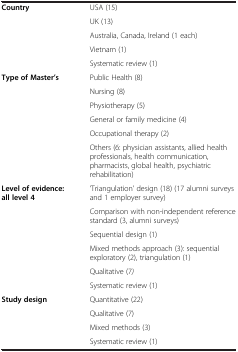
<table><thead><tr><td colspan="2"><b> </b></td></tr></thead><tbody><tr><td><b>Country</b></td><td>USA (15)</td></tr><tr><td> </td><td>UK (13)</td></tr><tr><td> </td><td>Australia, Canada, Ireland (1 each)</td></tr><tr><td> </td><td>Vietnam (1)</td></tr><tr><td> </td><td>Systematic review (1)</td></tr><tr><td><b>Type of Master’s</b></td><td>Public Health (8)</td></tr><tr><td> </td><td>Nursing (8)</td></tr><tr><td> </td><td>Physiotherapy (5)</td></tr><tr><td> </td><td>General or family medicine (4)</td></tr><tr><td> </td><td>Occupational therapy (2)</td></tr><tr><td> </td><td>Others (6: physician assistants, allied health professionals, health communication, pharmacists, global health, psychiatric rehabilitation)</td></tr><tr><td><b>Level of evidence: all level 4</b></td><td>‘Triangulation’ design (18) (17 alumni surveys and 1 employer survey)</td></tr><tr><td> </td><td>Comparison with non-independent reference standard (3, alumni surveys)</td></tr><tr><td> </td><td>Sequential design (1)</td></tr><tr><td> </td><td>Mixed methods approach (3): sequential exploratory (2), triangulation (1)</td></tr><tr><td> </td><td>Qualitative (7<i>)</i></td></tr><tr><td> </td><td>Systematic review (1)</td></tr><tr><td><b>Study design</b></td><td>Quantitative (22)</td></tr><tr><td> </td><td>Qualitative (7)</td></tr><tr><td> </td><td>Mixed methods (3)</td></tr><tr><td> </td><td>Systematic review (1)</td></tr></tbody></table>